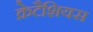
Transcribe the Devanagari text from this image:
क्रेटैशियस